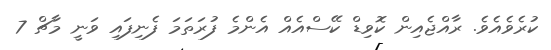
ކުރެވެއެވެ. ރާއްޖެއިން ކޮވިޑް ކޭސްއެއް އެންމެ ފުރަތަމަ ފެނިފައި ވަނީ މާޗް 7